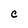
Character: C